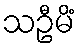
သဦမိံ